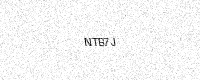
Text: NTB7J